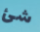
شئ